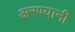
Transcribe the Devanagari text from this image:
अरण्यानी